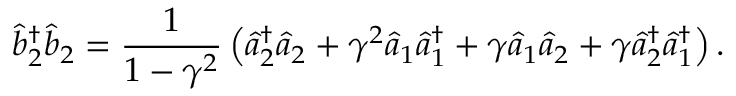
\hat { b } _ { 2 } ^ { \dagger } \hat { b } _ { 2 } = \frac { 1 } { 1 - \gamma ^ { 2 } } \left( \hat { a } _ { 2 } ^ { \dagger } \hat { a } _ { 2 } + \gamma ^ { 2 } \hat { a } _ { 1 } \hat { a } _ { 1 } ^ { \dagger } + \gamma \hat { a } _ { 1 } \hat { a } _ { 2 } + \gamma \hat { a } _ { 2 } ^ { \dagger } \hat { a } _ { 1 } ^ { \dagger } \right) .